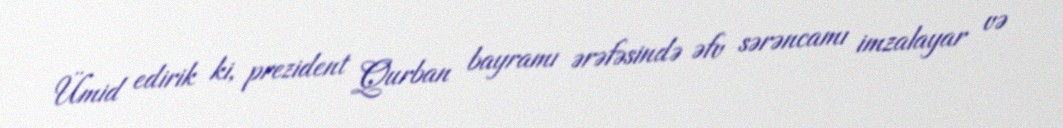
Ümid edirik ki, prezident Qurban bayramı ərəfəsində əfv sərəncamı imzalayar və